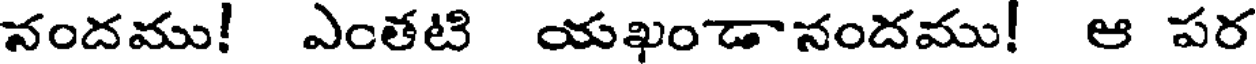
నందము! ఎంతటి యఖండానందము! ఆ పర